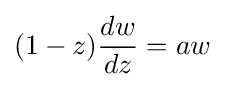
(1-z){\frac {dw}{dz}}=aw